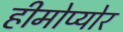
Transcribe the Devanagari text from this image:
हीमोप्योर